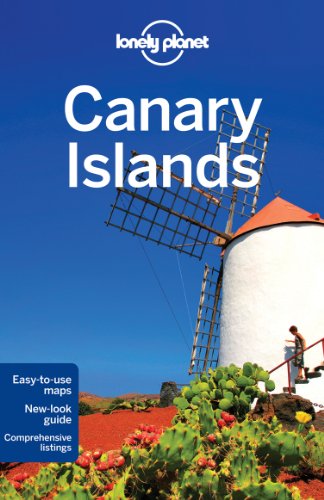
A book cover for Lonely Planet Canary Islands (Travel Guide); Lonely Planet; Travel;